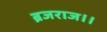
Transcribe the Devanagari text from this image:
ब्रजराज।।